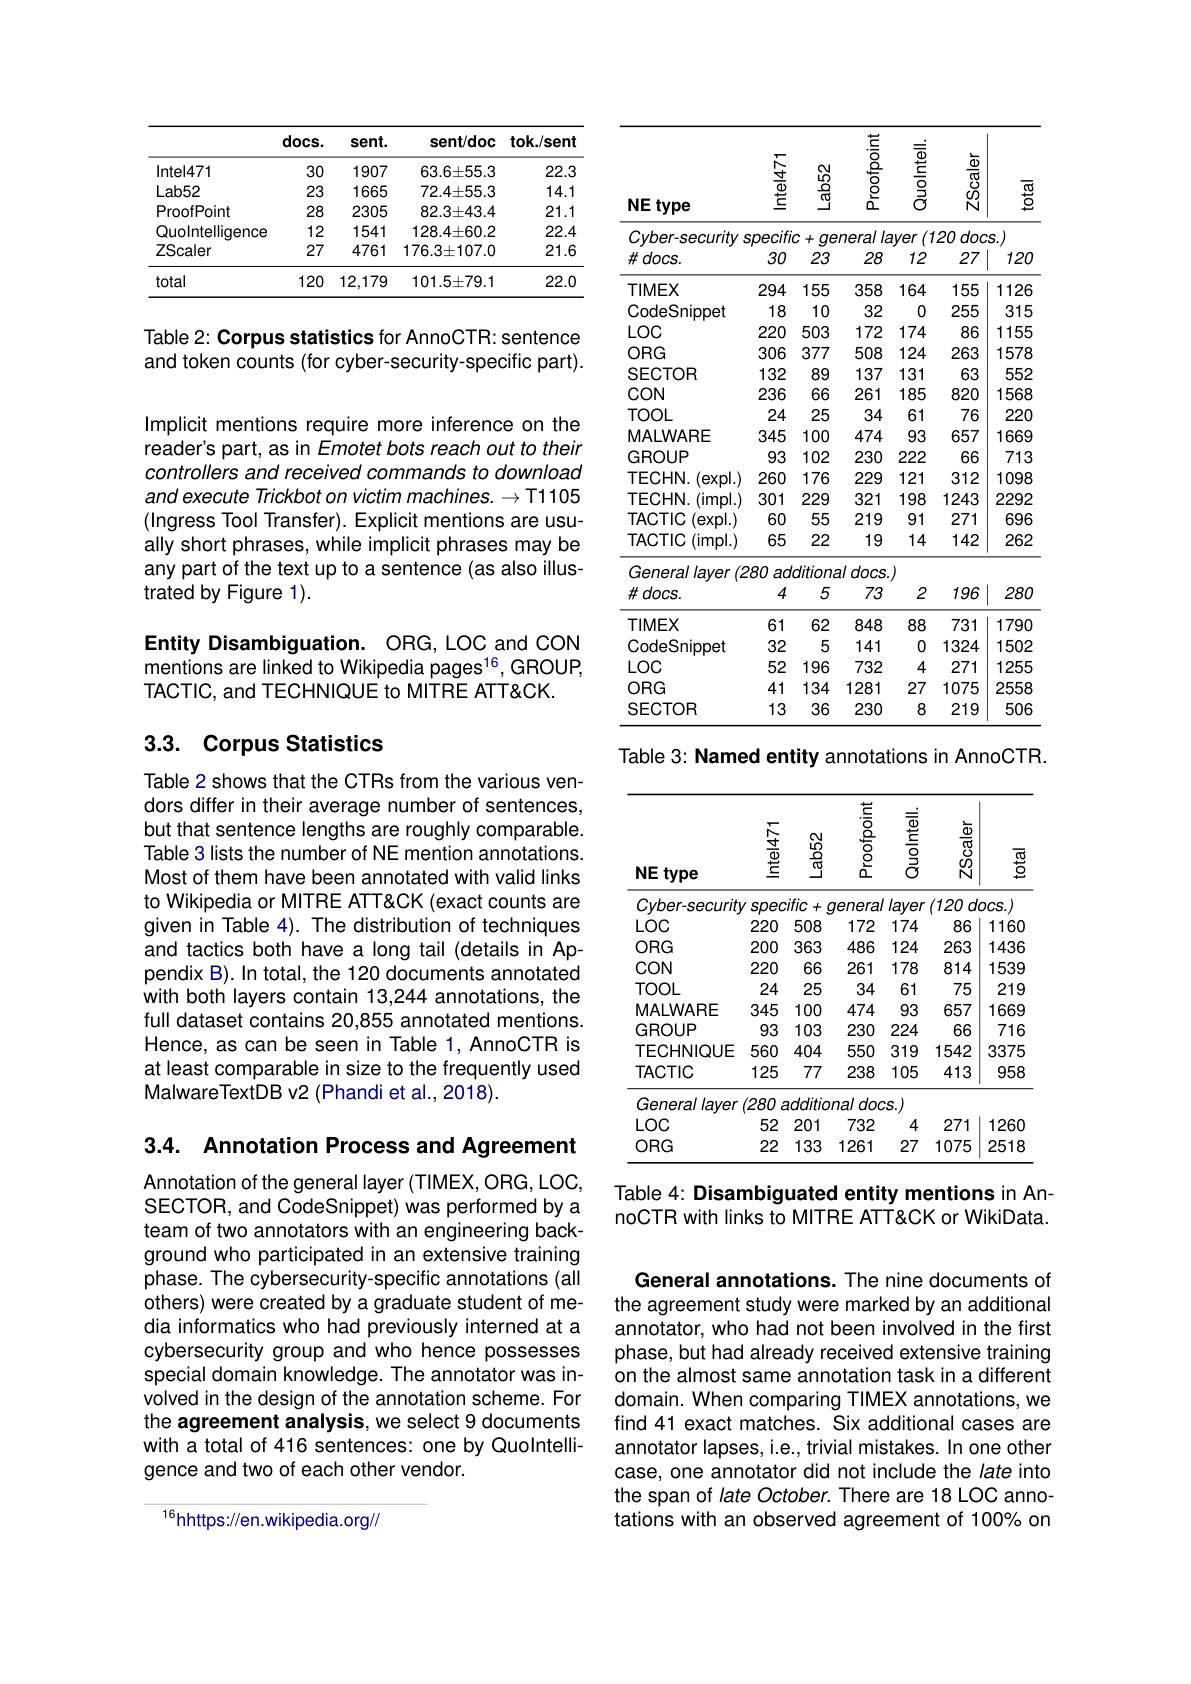
<table>
	<tbody>
		<tr>
			<th> </th>
			<th>docs.</th>
			<th>sent.</th>
			<th>sent/doc</th>
			<th>tok./sent</th>
		</tr>
		<tr>
			<td>Intel471</td>
			<td>30</td>
			<td>1907</td>
			<td>$63.6\pm55.3$</td>
			<td>22.3</td>
		</tr>
		<tr>
			<td>Lab52</td>
			<td>23</td>
			<td>1665</td>
			<td>$72.4\pm55.3$</td>
			<td>14.1</td>
		</tr>
		<tr>
			<td>ProofPoint</td>
			<td>28</td>
			<td>2305</td>
			<td>$82.3\pm43.4$</td>
			<td>21.1</td>
		</tr>
		<tr>
			<td>Quolntelliqence</td>
			<td>12</td>
			<td>1541</td>
			<td>$128.4\pm60.2$</td>
			<td>22.4</td>
		</tr>
		<tr>
			<td>ZScaler</td>
			<td>27</td>
			<td>4761</td>
			<td>$176.3\pm107.0$</td>
			<td>21.6</td>
		</tr>
		<tr>
			<td>total</td>
			<td>120</td>
			<td>12,179</td>
			<td>$101.5\pm79.1$</td>
			<td>22.0</td>
		</tr>
	</tbody>
</table>

Table 2: Corpus statistics for AnnoCTR: sentence and token counts (for cyber-security-specific part).

Implicit mentions require more inference on the reader's part, as in Emotet bots reach out to their controllers and received commands to download and execute Trickbot on victim machines. $\to\mathsf{T1105}$ (Ingress Tool Transfer). Explicit mentions are usually short phrases, while implicit phrases may be any part of the text up to a sentence (as also illustrated by Figure 1).

Entity Disambiguation. ORG, LOC and CON mentions are linked to Wikipedia pages$^{16}$,GROUP, TACTIC, and TECHNIQUE to MITRE ATT&CK.

## 3.3. Corpus Statistics

Table 2 shows that the CTRs from the various vendors differ in their average number of sentences, but that sentence lengths are roughly comparable. Table 3 lists the number of NE mention annotations. Most of them have been annotated with valid links to Wikipedia or MITRE ATT&CK (exact counts are given in Table 4). The distribution of techniques and tactics both have a long tail (details in Appendix B). In total, the 120 documents annotated with both layers contain 13,244 annotations, the full dataset contains 20,855 annotated mentions. Hence, as can be seen in Table 1, AnnoCTR is at least comparable in size to the frequently used MalwareTextDB v2 (Phandi et al., 2018).

3.4. Annotation Process and Agreement

Annotation of the general layer (TIMEX, ORG, LOC, SECTOR, and CodeSnippet) was performed by a team of two annotators with an engineering background who participated in an extensive training phase. The cybersecurity-specific annotations (ail others) were created by a graduate student of media informatics who had previously interned at a cybersecurity group and who hence possesses special domain knowledge. The annotator was involved in the design of the annotation scheme. For the agreement analysis, we select 9 documents with a total of 416 sentences: one by Quolntelligence and two of each other vendor.

$^{16}$hhttps://en.wikipedia.org//

<table>
	<tbody>
		<tr>
			<th>NE type 1 </th>
			<th></th>
			<th>$\frac{\textcircled{2}}{\textcircled{2}}$</th>
			<th></th>
			<th>$\frac{\frac{\overline{\Phi}}{\underline{\Phi}}}{\underline{\underrightarrow{\Phi}}}$</th>
			<th>$\frac{\frac{\Phi}{\varpi}}{\Omega}$</th>
			<th>$\overline{\frac{\mathrm{w}}{2}}$</th>
		</tr>
		<tr>
			<td>$Cyber-security$</td>
			<td>specifio</td>
			<td>$\mathcal{T}+$ $qe$</td>
			<td>neral la</td>
			<td>$!yer$</td>
			<td>$20doc$</td>
			<td>$S.$</td>
		</tr>
		<tr>
			<td>$\#docs.$</td>
			<td>30</td>
			<td>23</td>
			<td>28</td>
			<td>12</td>
			<td>27</td>
			<td>120</td>
		</tr>
		<tr>
			<td>TIMEX</td>
			<td>294</td>
			<td>155</td>
			<td>358</td>
			<td>164</td>
			<td>155</td>
			<td>1126</td>
		</tr>
		<tr>
			<td>CodeSnippet</td>
			<td>18</td>
			<td>10</td>
			<td>32</td>
			<td>0</td>
			<td>255</td>
			<td>315</td>
		</tr>
		<tr>
			<td>$LOC$</td>
			<td>220</td>
			<td>503</td>
			<td>172</td>
			<td>174</td>
			<td>86</td>
			<td>1155</td>
		</tr>
		<tr>
			<td>ORG</td>
			<td>306</td>
			<td>377</td>
			<td>508</td>
			<td>124</td>
			<td>263</td>
			<td>1578</td>
		</tr>
		<tr>
			<td>SECTOR</td>
			<td>132</td>
			<td>89</td>
			<td>137</td>
			<td>131</td>
			<td>63</td>
			<td>552</td>
		</tr>
		<tr>
			<td>$CON$</td>
			<td>236</td>
			<td>66</td>
			<td>261</td>
			<td>185</td>
			<td>820</td>
			<td>1568</td>
		</tr>
		<tr>
			<td>TOOL</td>
			<td>24</td>
			<td>25</td>
			<td>34</td>
			<td>61</td>
			<td>76</td>
			<td>220</td>
		</tr>
		<tr>
			<td>MALWARE</td>
			<td>345</td>
			<td>100</td>
			<td>474</td>
			<td>93</td>
			<td>657</td>
			<td>1669</td>
		</tr>
		<tr>
			<td>GROUP</td>
			<td>93</td>
			<td>102</td>
			<td>230</td>
			<td>222</td>
			<td>66</td>
			<td>713</td>
		</tr>
		<tr>
			<td>TECHN. (expl.)</td>
			<td>260</td>
			<td>176</td>
			<td>229</td>
			<td>121</td>
			<td>312</td>
			<td>1098</td>
		</tr>
		<tr>
			<td>TECHN.(impl.)</td>
			<td>301</td>
			<td>229</td>
			<td>321</td>
			<td>198</td>
			<td>1243</td>
			<td>2292</td>
		</tr>
		<tr>
			<td>TACTIC $expl.)$</td>
			<td>60</td>
			<td>55</td>
			<td>219</td>
			<td>91</td>
			<td>271</td>
			<td>696</td>
		</tr>
		<tr>
			<td>TACTIC (impl. )</td>
			<td>65</td>
			<td>22</td>
			<td>19</td>
			<td>14</td>
			<td>142</td>
			<td>262</td>
		</tr>
		<tr>
			<td>General layer $(Z$</td>
			<td>$80i$ $ad$ </td>
			<td>ditioni</td>
			<td>$1/docs.$</td>
			<td>$J$</td>
			<td> </td>
			<td> </td>
		</tr>
		<tr>
			<td>$\#docs.$</td>
			<td>4</td>
			<td>5</td>
			<td>73</td>
			<td>2</td>
			<td>196</td>
			<td>280</td>
		</tr>
		<tr>
			<td>TIMEX</td>
			<td>61</td>
			<td>62</td>
			<td>848</td>
			<td>88</td>
			<td>731</td>
			<td>1790</td>
		</tr>
		<tr>
			<td>CodeSnippet</td>
			<td>32</td>
			<td>5</td>
			<td>141</td>
			<td>0</td>
			<td>1324</td>
			<td>1502</td>
		</tr>
		<tr>
			<td>$LOC$</td>
			<td>52</td>
			<td>196</td>
			<td>732</td>
			<td>4</td>
			<td>271</td>
			<td>1255</td>
		</tr>
		<tr>
			<td>$ORG$</td>
			<td>41</td>
			<td>134</td>
			<td>1281</td>
			<td>27</td>
			<td>1075</td>
			<td>2558</td>
		</tr>
		<tr>
			<td>SECTOR</td>
			<td>13</td>
			<td>36</td>
			<td>230</td>
			<td>8</td>
			<td>219</td>
			<td>506</td>
		</tr>
	</tbody>
</table>
Table 3: Named entity annotations in AnnoCTR.

<table>
	<tbody>
		<tr>
			<th>NE type</th>
			<th></th>
			<th>$\frac{\textcircled{2}}{\textcircled{2}}$</th>
			<th>$\begin{array}{c}\frac{5}{6}\\\frac{8}{6}\\\frac{6}{2}\end{array}$</th>
			<th>Quolntell.</th>
			<th>$\frac{\frac{\Phi}{\Omega_0}}{\Omega_1}$</th>
			<th>$\overline{\frac{\varpi}{2}}$</th>
		</tr>
		<tr>
			<td>$Cyber-securit$</td>
			<td>Spec 1.</td>
			<td>$:ific+$ 1</td>
			<td>qenera</td>
			<td>layer</td>
			<td>$120d.$ </td>
			<td>$DCS.$</td>
		</tr>
		<tr>
			<td>$LOC$</td>
			<td>220</td>
			<td>508</td>
			<td>172</td>
			<td>174</td>
			<td>86</td>
			<td>1160</td>
		</tr>
		<tr>
			<td>$ORG$</td>
			<td>200</td>
			<td>363</td>
			<td>486</td>
			<td>124</td>
			<td>263</td>
			<td>1436</td>
		</tr>
		<tr>
			<td>CON</td>
			<td>220</td>
			<td>66</td>
			<td>261</td>
			<td>178</td>
			<td>814</td>
			<td>1539</td>
		</tr>
		<tr>
			<td>TOOL</td>
			<td>24</td>
			<td>25</td>
			<td>34</td>
			<td>61</td>
			<td>75</td>
			<td>219</td>
		</tr>
		<tr>
			<td>MALWARE</td>
			<td>345</td>
			<td>100</td>
			<td>474</td>
			<td>93</td>
			<td>657</td>
			<td>1669</td>
		</tr>
		<tr>
			<td>GROUP</td>
			<td>93</td>
			<td>103</td>
			<td>230</td>
			<td>224</td>
			<td>66</td>
			<td>716</td>
		</tr>
		<tr>
			<td>TECHNIQUE</td>
			<td>560</td>
			<td>404</td>
			<td>550</td>
			<td>319</td>
			<td>1542</td>
			<td>3375</td>
		</tr>
		<tr>
			<td>TACTIC</td>
			<td>125</td>
			<td>77</td>
			<td>238</td>
			<td>105</td>
			<td>413</td>
			<td>958</td>
		</tr>
		<tr>
			<td>General Ilayer</td>
			<td>(280</td>
			<td>additic</td>
			<td>$na/doc$</td>
			<td>$S.$</td>
			<td> </td>
			<td> </td>
		</tr>
		<tr>
			<td>$LOC$</td>
			<td>52</td>
			<td>201</td>
			<td>732</td>
			<td>4</td>
			<td>271</td>
			<td>1260</td>
		</tr>
		<tr>
			<td>$ORG$</td>
			<td>22</td>
			<td>133</td>
			<td>1261</td>
			<td>27</td>
			<td>1075</td>
			<td>2518</td>
		</tr>
	</tbody>
</table>

Table 4: Disambiguated entity mentions in AnnoCTR with links to MITRE ATT&CK or WikiData.

General annotations. The nine documents of the agreement study were marked by an additional annotator, who had not been involved in the first phase, but had already received extensive training on the almost same annotation task in a different domain. When comparing TIMEX annotations, we find 41 exact matches. Six additional cases are annotator lapses, i.e., trivial mistakes. In one other case, one annotator did not include the late into the span of late October. There are 18 LOC annotations with an observed agreement of 100% on